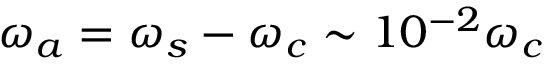
\omega _ { a } = \omega _ { s } - \omega _ { c } \sim 1 0 ^ { - 2 } \omega _ { c }